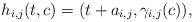
LaTeX: \begin{align*}h_{i,j} (t,c) = ( t+a_{i,j}, \gamma_{i,j} (c) ),\end{align*}